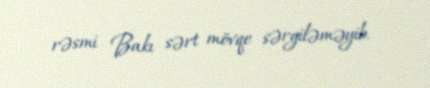
rəsmi Bakı sərt mövqe sərgiləməyib.